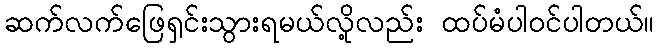
ဆက်လက်ဖြေရှင်းသွားရမယ်လို့လည်း ထပ်မံပါဝင်ပါတယ်။